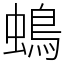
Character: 䳋